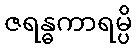
ဇရန္ဓကာရမ္ပိ